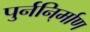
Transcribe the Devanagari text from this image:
पुर्ननि्र्माण